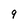
Character: 9